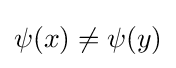
\psi (x)\neq \psi (y)